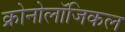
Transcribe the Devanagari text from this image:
क्रोनोलॉजिकल